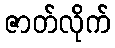
ဇာတ်လိုက်